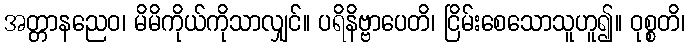
အတ္တာနညေဝ၊ မိမိကိုယ်ကိုသာလျှင်။ ပရိနိဗ္ဗာပေတိ၊ ငြိမ်းစေသောသူဟူ၍။ ဝုစ္စတိ၊